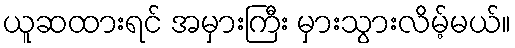
ယူဆထားရင် အမှားကြီး မှားသွားလိမ့်မယ်။